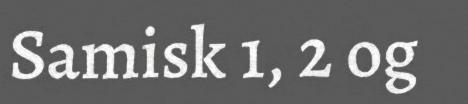
Samisk 1, 2 og